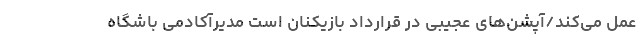
عمل می‌کند/آپشن‌های عجیبی در قرارداد بازیکنان است مدیرآکادمی باشگاه